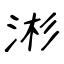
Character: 涁